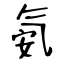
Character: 氨